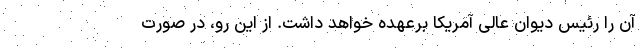
آن را رئیس دیوان عالی آمریکا برعهده خواهد داشت. از این رو، در صورت